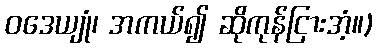
ဝဒေယျုံ၊ အကယ်၍ ဆိုကုန်ငြားအံ့။)